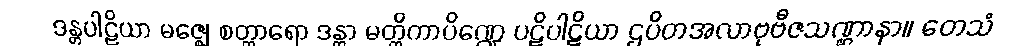
ဒန္တပါဠိယာ မဇ္ဈေ စတ္တာရော ဒန္တာ မတ္တိကာပိဏ္ဍေ ပဋိပါဋိယာ ဌပိတအလာဗုဗီဇသဏ္ဌာနာ။ တေသံ